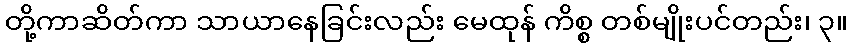
တို့ကာဆိတ်ကာ သာယာနေခြင်းလည်း မေထုန် ကိစ္စ တစ်မျိုးပင်တည်း၊ ၃။